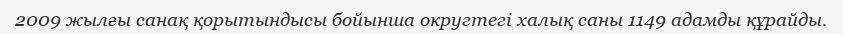
2009 жылғы санақ қорытындысы бойынша округтегі халық саны 1149 адамды құрайды.